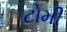
ટોમી